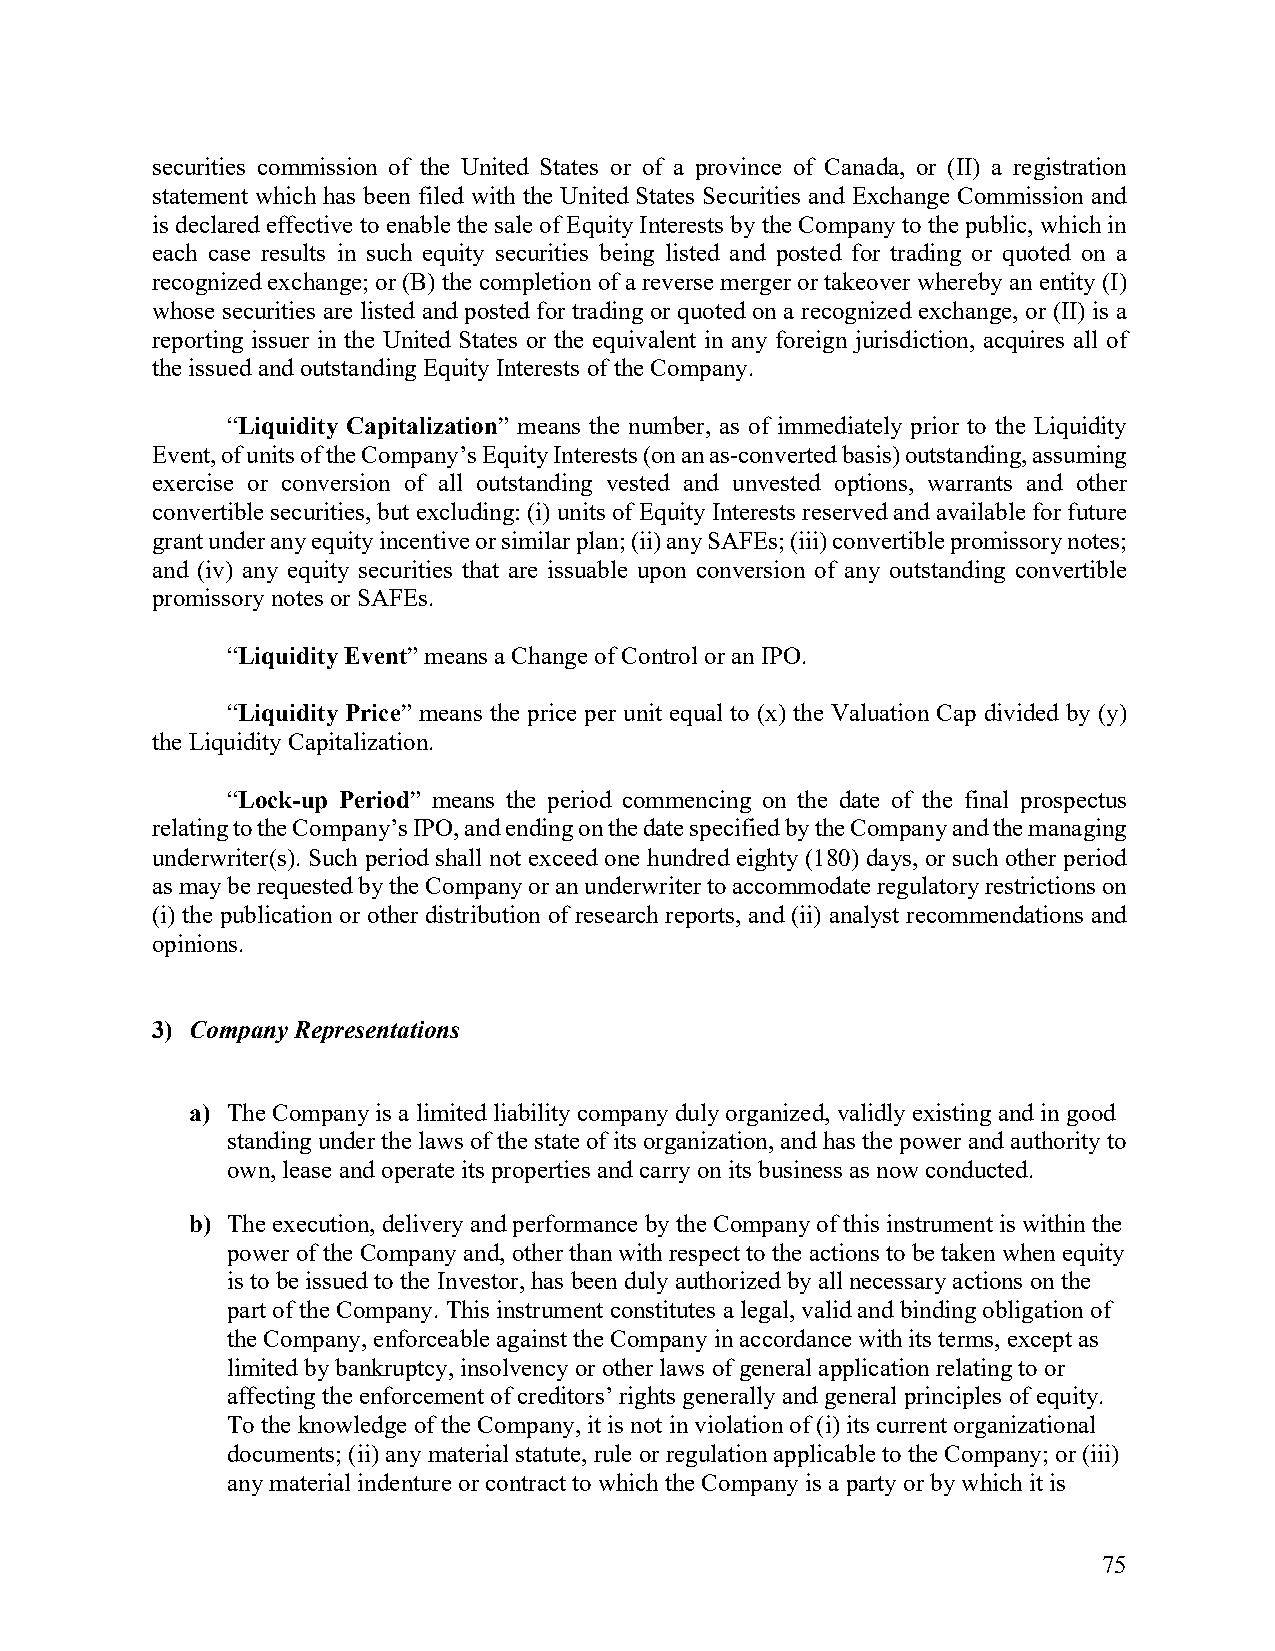
securities commission of the United States or of a province of Canada, or (II) a registration
 statement which has been filed with the United States Securities and Exchange Commission and
 is declared effective to enable the sale of Equity Interests by the Company to the public, which in
 each case results in such equity securities being listed and posted for trading or quoted on a
 recognized exchange; or (B) the completion of a reverse merger or takeover whereby an entity (I)
 whose securities are listed and posted for trading or quoted on a recognized exchange, or (II) is a
 reporting issuer in the United States or the equivalent in any foreign jurisdiction, acquires all of
 the issued and outstanding Equity Interests of the Company.
 “Liquidity Capitalization” means the number, as of immediately prior to the Liquidity
 Event, of units of the Company’s Equity Interests (on an as-converted basis) outstanding, assuming
 exercise or conversion of all outstanding vested and unvested options, warrants and other
 convertible securities, but excluding: (i) units of Equity Interests reserved and available for future
 grant under any equity incentive or similar plan; (ii) any SAFEs; (iii) convertible promissory notes;
 and (iv) any equity securities that are issuable upon conversion of any outstanding convertible
 promissory notes or SAFEs.
 “Liquidity Event” means a Change of Control or an IPO.
 “Liquidity Price” means the price per unit equal to (x) the Valuation Cap divided by (y)
 the Liquidity Capitalization.
 “Lock-up Period” means the period commencing on the date of the final prospectus
 relating to the Company’s IPO, and ending on the date specified by the Company and the managing
 underwriter(s). Such period shall not exceed one hundred eighty (180) days, or such other period
 as may be requested by the Company or an underwriter to accommodate regulatory restrictions on
 (i) the publication or other distribution of research reports, and (ii) analyst recommendations and
 opinions.
 3) Company Representations
 a) The Company is a limited liability company duly organized, validly existing and in good
 standing under the laws of the state of its organization, and has the power and authority to
 own, lease and operate its properties and carry on its business as now conducted.
 b) The execution, delivery and performance by the Company of this instrument is within the
 power of the Company and, other than with respect to the actions to be taken when equity
 is to be issued to the Investor, has been duly authorized by all necessary actions on the
 part of the Company. This instrument constitutes a legal, valid and binding obligation of
 the Company, enforceable against the Company in accordance with its terms, except as
 limited by bankruptcy, insolvency or other laws of general application relating to or
 affecting the enforcement of creditors’ rights generally and general principles of equity.
 To the knowledge of the Company, it is not in violation of (i) its current organizational
 documents; (ii) any material statute, rule or regulation applicable to the Company; or (iii)
 any material indenture or contract to which the Company is a party or by which it is
 75